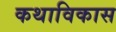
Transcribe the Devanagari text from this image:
कथाविकास